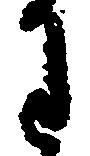
わ